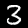
Label: 3